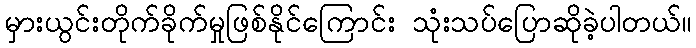
မှားယွင်းတိုက်ခိုက်မှုဖြစ်နိုင်ကြောင်း သုံးသပ်ပြောဆိုခဲ့ပါတယ်။